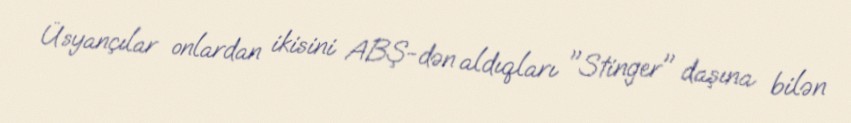
Üsyançılar onlardan ikisini ABŞ-dən aldıqları "Stinger" daşına bilən